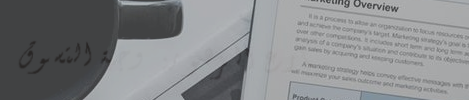
شارع الزهور: وجهة التسوق